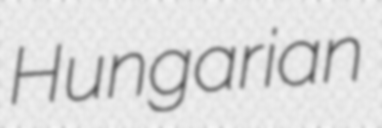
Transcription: Hungarian